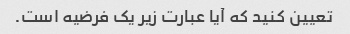
تعیین کنید که آیا عبارت زیر یک فرضیه است.